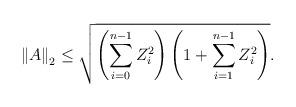
LaTeX: \begin{align*} {{\left\| {A} \right\|}_{2}}\le \sqrt{\left( \sum\limits_{i=0}^{n-1}{Z_{i}^{2}} \right)\left( 1+\sum\limits_{i=1}^{n-1}{Z_{i}^{2}} \right)}.\end{align*}